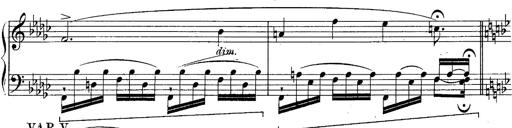
Title: Schubert's Impromptus [revised and edited by Franz Liszt]
Composer: Franz Liszt